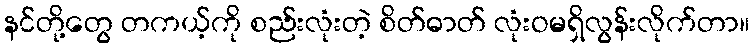
နင်တို့တွေ တကယ့်ကို စည်းလုံးတဲ့ စိတ်ဓာတ် လုံးဝမရှိလွန်းလိုက်တာ။